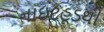
નાઇટહૂડથી